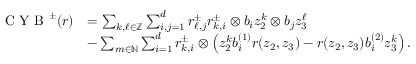
\begin{array} { r l } { \textnormal { C Y B } ^ { \pm } ( r ) } & { = \sum _ { k , \ell \in \mathbb { Z } } \sum _ { i , j = 1 } ^ { d } r _ { \ell , j } ^ { \pm } r _ { k , i } ^ { \pm } \otimes b _ { i } z _ { 2 } ^ { k } \otimes b _ { j } z _ { 3 } ^ { \ell } } \\ & { - \sum _ { m \in \mathbb { N } } \sum _ { i = 1 } ^ { d } r _ { k , i } ^ { \pm } \otimes \left( z _ { 2 } ^ { k } b _ { i } ^ { ( 1 ) } r ( z _ { 2 } , z _ { 3 } ) - r ( z _ { 2 } , z _ { 3 } ) b _ { i } ^ { ( 2 ) } z _ { 3 } ^ { k } \right) . } \end{array}